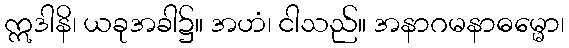
ဣဒါနိ၊ ယခုအခါ၌။ အဟံ၊ ငါသည်။ အနာဂမနာဓမ္မော၊